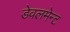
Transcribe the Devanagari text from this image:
डेवलमेन्ट